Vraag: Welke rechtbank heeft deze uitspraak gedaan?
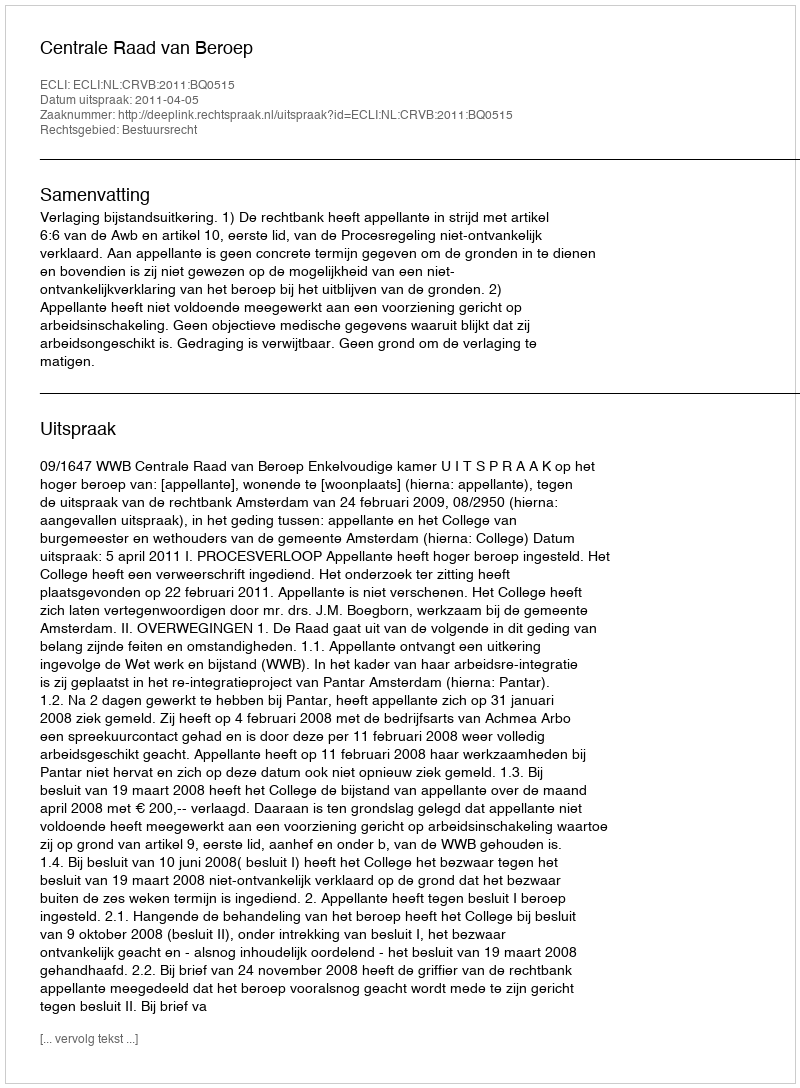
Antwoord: Centrale Raad van Beroep